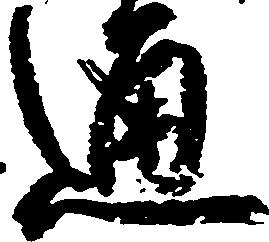
通